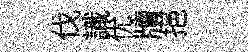
伐識优牘挹